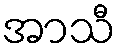
အာသီ